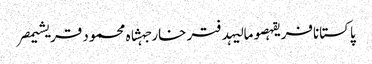
پاکستانافریقہصومالیہدفتر خارجہشاہ محمود قریشیمصر